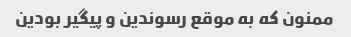
ممنون که به موقع رسوندین و پیگیر بودین